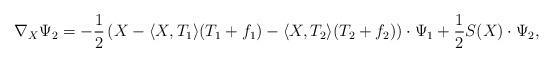
LaTeX: \begin{align*}\nabla_X\Psi_2=-\frac{1}{2}\left(X-\langle X,T_1\rangle (T_1+f_1)-\langle X,T_2\rangle (T_2+f_2)\right)\cdot\Psi_1+\frac{1}{2}S(X)\cdot\Psi_2,\end{align*}